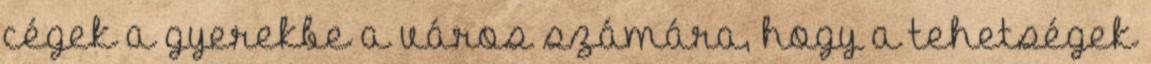
cégek a gyerekbe a város számára, hogy a tehetségek